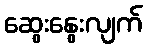
ဆွေးနွေးလျက်